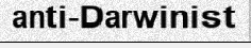
anti-Darwinist